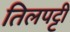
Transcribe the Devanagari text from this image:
तिलपट्टी